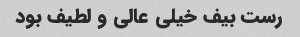
رست بیف خیلی عالی و لطیف بود